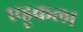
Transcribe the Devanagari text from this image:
एडूकला